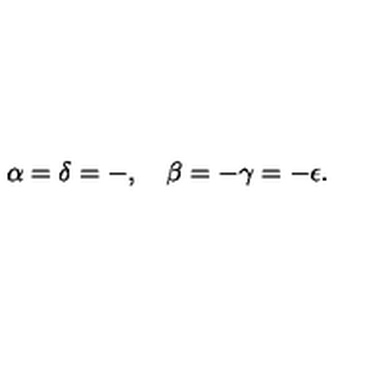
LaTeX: \alpha = \delta = - , \quad \beta = - \gamma = - \epsilon .